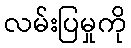
လမ်းပြမှုကို